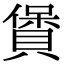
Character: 賲